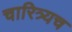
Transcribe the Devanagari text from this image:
चारित्र्यच